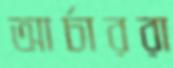
আর্চাররা